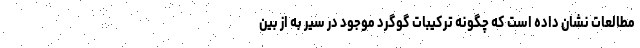
مطالعات نشان داده است که چگونه ترکیبات گوگرد موجود در سیر به از بین